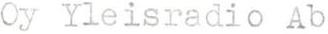
Oy Yleisradio Ab